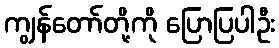
ကျွန်တော်တို့ကို ပြောပြပါဦး